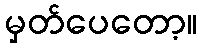
မှတ်ပေတော့။